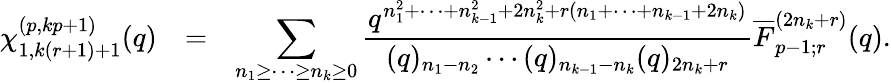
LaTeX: \begin{array}{rcl}{{\chi_{1,k(r+1)+1}^{(p,kp+1)}(q)}}&{{=}}&{{\displaystyle\sum_{n_{1}\geq\cdots\geq n_{k}\geq 0}\frac{q^{n_{1}^{2}+\cdots+n_{k-1}^{2}+2n_{k}^{2}+r(n_{1}+\cdots+n_{k-1}+2n_{k})}}{(q)_{n_{1}-n_{2}}\cdots(q)_{n_{k-1}-n_{k}}(q)_{2n_{k}+r}}\overline{{{F}}}_{p-1;r}^{(2n_{k}+r)}(q).}}\end{array}